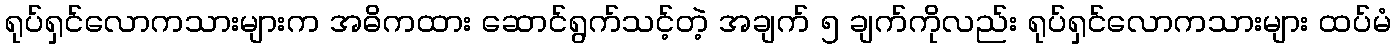
ရုပ်ရှင်လောကသားများက အဓိကထား ဆောင်ရွက်သင့်တဲ့ အချက် ၅ ချက်ကိုလည်း ရုပ်ရှင်လောကသားများ ထပ်မံ